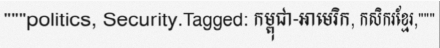
"""politics, Security.Tagged: កម្ពុជា-អាមេរិក, កសិករខ្មែរ,"""